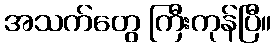
အသက်တွေ ကြီးကုန်ပြီ။